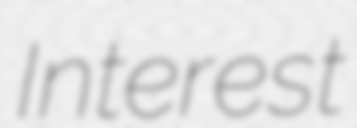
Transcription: Interest